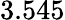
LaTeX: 3.545